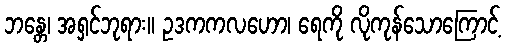
ဘန္တေ၊ အရှင်ဘုရား။ ဥဒကကလဟော၊ ရေကို လိုကုန်သောကြောင့်